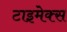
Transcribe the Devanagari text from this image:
टाइमेक्स